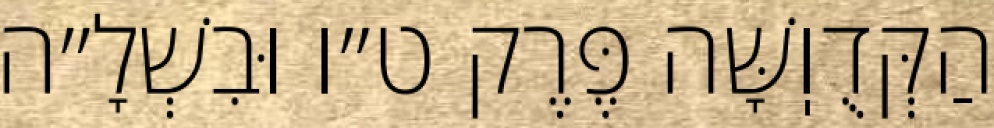
הַקְּדֻוֽשָּׁה פֶּרֶק ט״ו וּבִשְׁלָ״ה